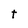
Character: t